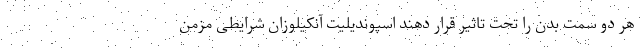
هر دو سمت بدن را تحت تاثیر قرار دهند اسپوندیلیت آنکیلوزان شرایطی مزمن